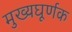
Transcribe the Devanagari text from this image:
मुख्यघूर्णक